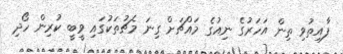
ފާއިތުވި ތިން އަހަރުގެ ނިއުގެ މައްޗަށް ގިނަ މެޗުތަކުގައި ވީބީ ކުރިން ހޯދި